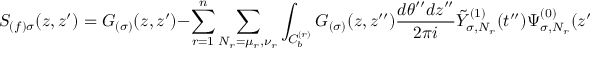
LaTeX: S _ { ( f ) \sigma } ( z , z ^ { \prime } ) = G _ { ( \sigma ) } ( z , z ^ { \prime } ) - \sum _ { r = 1 } ^ { n } \sum _ { N _ { r } = \mu _ { r } , \nu _ { r } } \int _ { C _ { b } ^ { ( r ) } } G _ { ( \sigma ) } ( z , z ^ { \prime \prime } ) \frac { d \theta ^ { \prime \prime } d z ^ { \prime \prime } } { 2 \pi i } \tilde { Y } _ { \sigma , N _ { r } } ^ { ( 1 ) } ( t ^ { \prime \prime } ) \Psi _ { \sigma , N _ { r } } ^ { ( 0 ) } ( z ^ { \prime } )